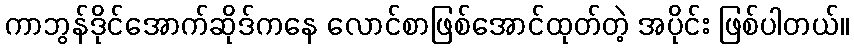
ကာဘွန်ဒိုင်အောက်ဆိုဒ်ကနေ လောင်စာဖြစ်အောင်ထုတ်တဲ့ အပိုင်း ဖြစ်ပါတယ်။